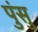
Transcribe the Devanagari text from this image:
पुंसु